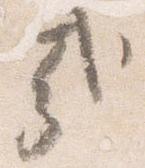
哉